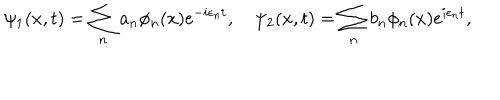
\psi _ { 1 } ( x , t ) = \sum _ { n } a _ { n } \phi _ { n } ( x ) \mathrm { e } ^ { - i \epsilon _ { n } t } , \quad \psi _ { 2 } ( x , t ) = \sum _ { n } b _ { n } \phi _ { n } ( x ) \mathrm { e } ^ { i \epsilon _ { n } t } ,